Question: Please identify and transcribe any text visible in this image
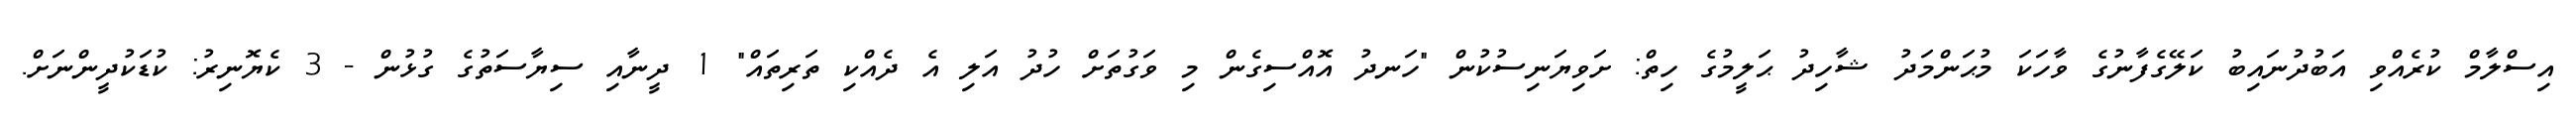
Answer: އިސްލާމް ކުރެއްވި އަބުދުނައިބު ކަލޭގެފާނުގެ ވާހަކަ މުޙަންމަދު ޝާހިދު ޙަލީމުގެ ހިތް: ށަވިޔަނިސުކުން "ހަނދު އޮއްސިގެން މި ވަގުތަށް ހުދު އަލި އެ ދެއްކި ތަރިތައް" 1 ދީނާއި ސިޔާސަތުގެ ގުޅުން - 3 ކެޔޮނިރު: ކުޑަކުދީންނަށް.